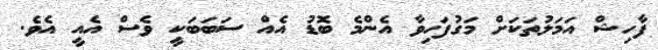
ފާހިޝް އަމަލުތަކަށް މަގުފަހިވާ އެންމެ ބޮޑު އެއް ސަބަބަކީ ވެސް އެއީ އެވެ.